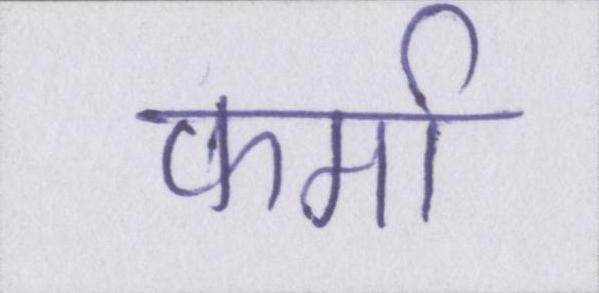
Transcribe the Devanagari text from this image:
फर्मा